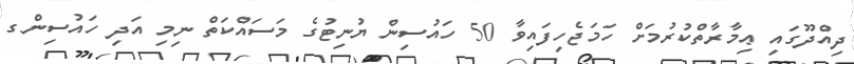
ދިއްދޫގައި ޢިމާރާތްކުރުމަށް ހަމަޖެހިފައިވާ 50 ހައުސިން ޔުނިޓުގެ މަސައްކަތް ނިމި އަދި ހައުސިންގ